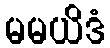
မမယိဒံ